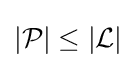
|{\mathcal {P}}|\leq |{\mathcal {L}}|